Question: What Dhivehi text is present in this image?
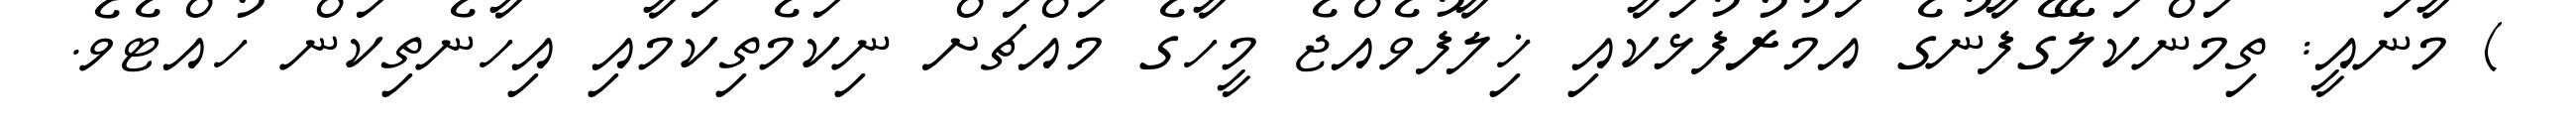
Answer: ) މާނައީ: ތިމަންކަލޭގެފާނުގެ އަމުރުފުޅަކާއި ޚިލާފުވެއްޖެ މީހާގެ މައްޗަށް ނިކަމެތިކަމާއި އިހާނެތިކަން ހުއްޓެވެ.